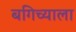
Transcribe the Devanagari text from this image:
बगिच्याला